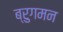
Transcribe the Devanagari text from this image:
ब्रुगमन